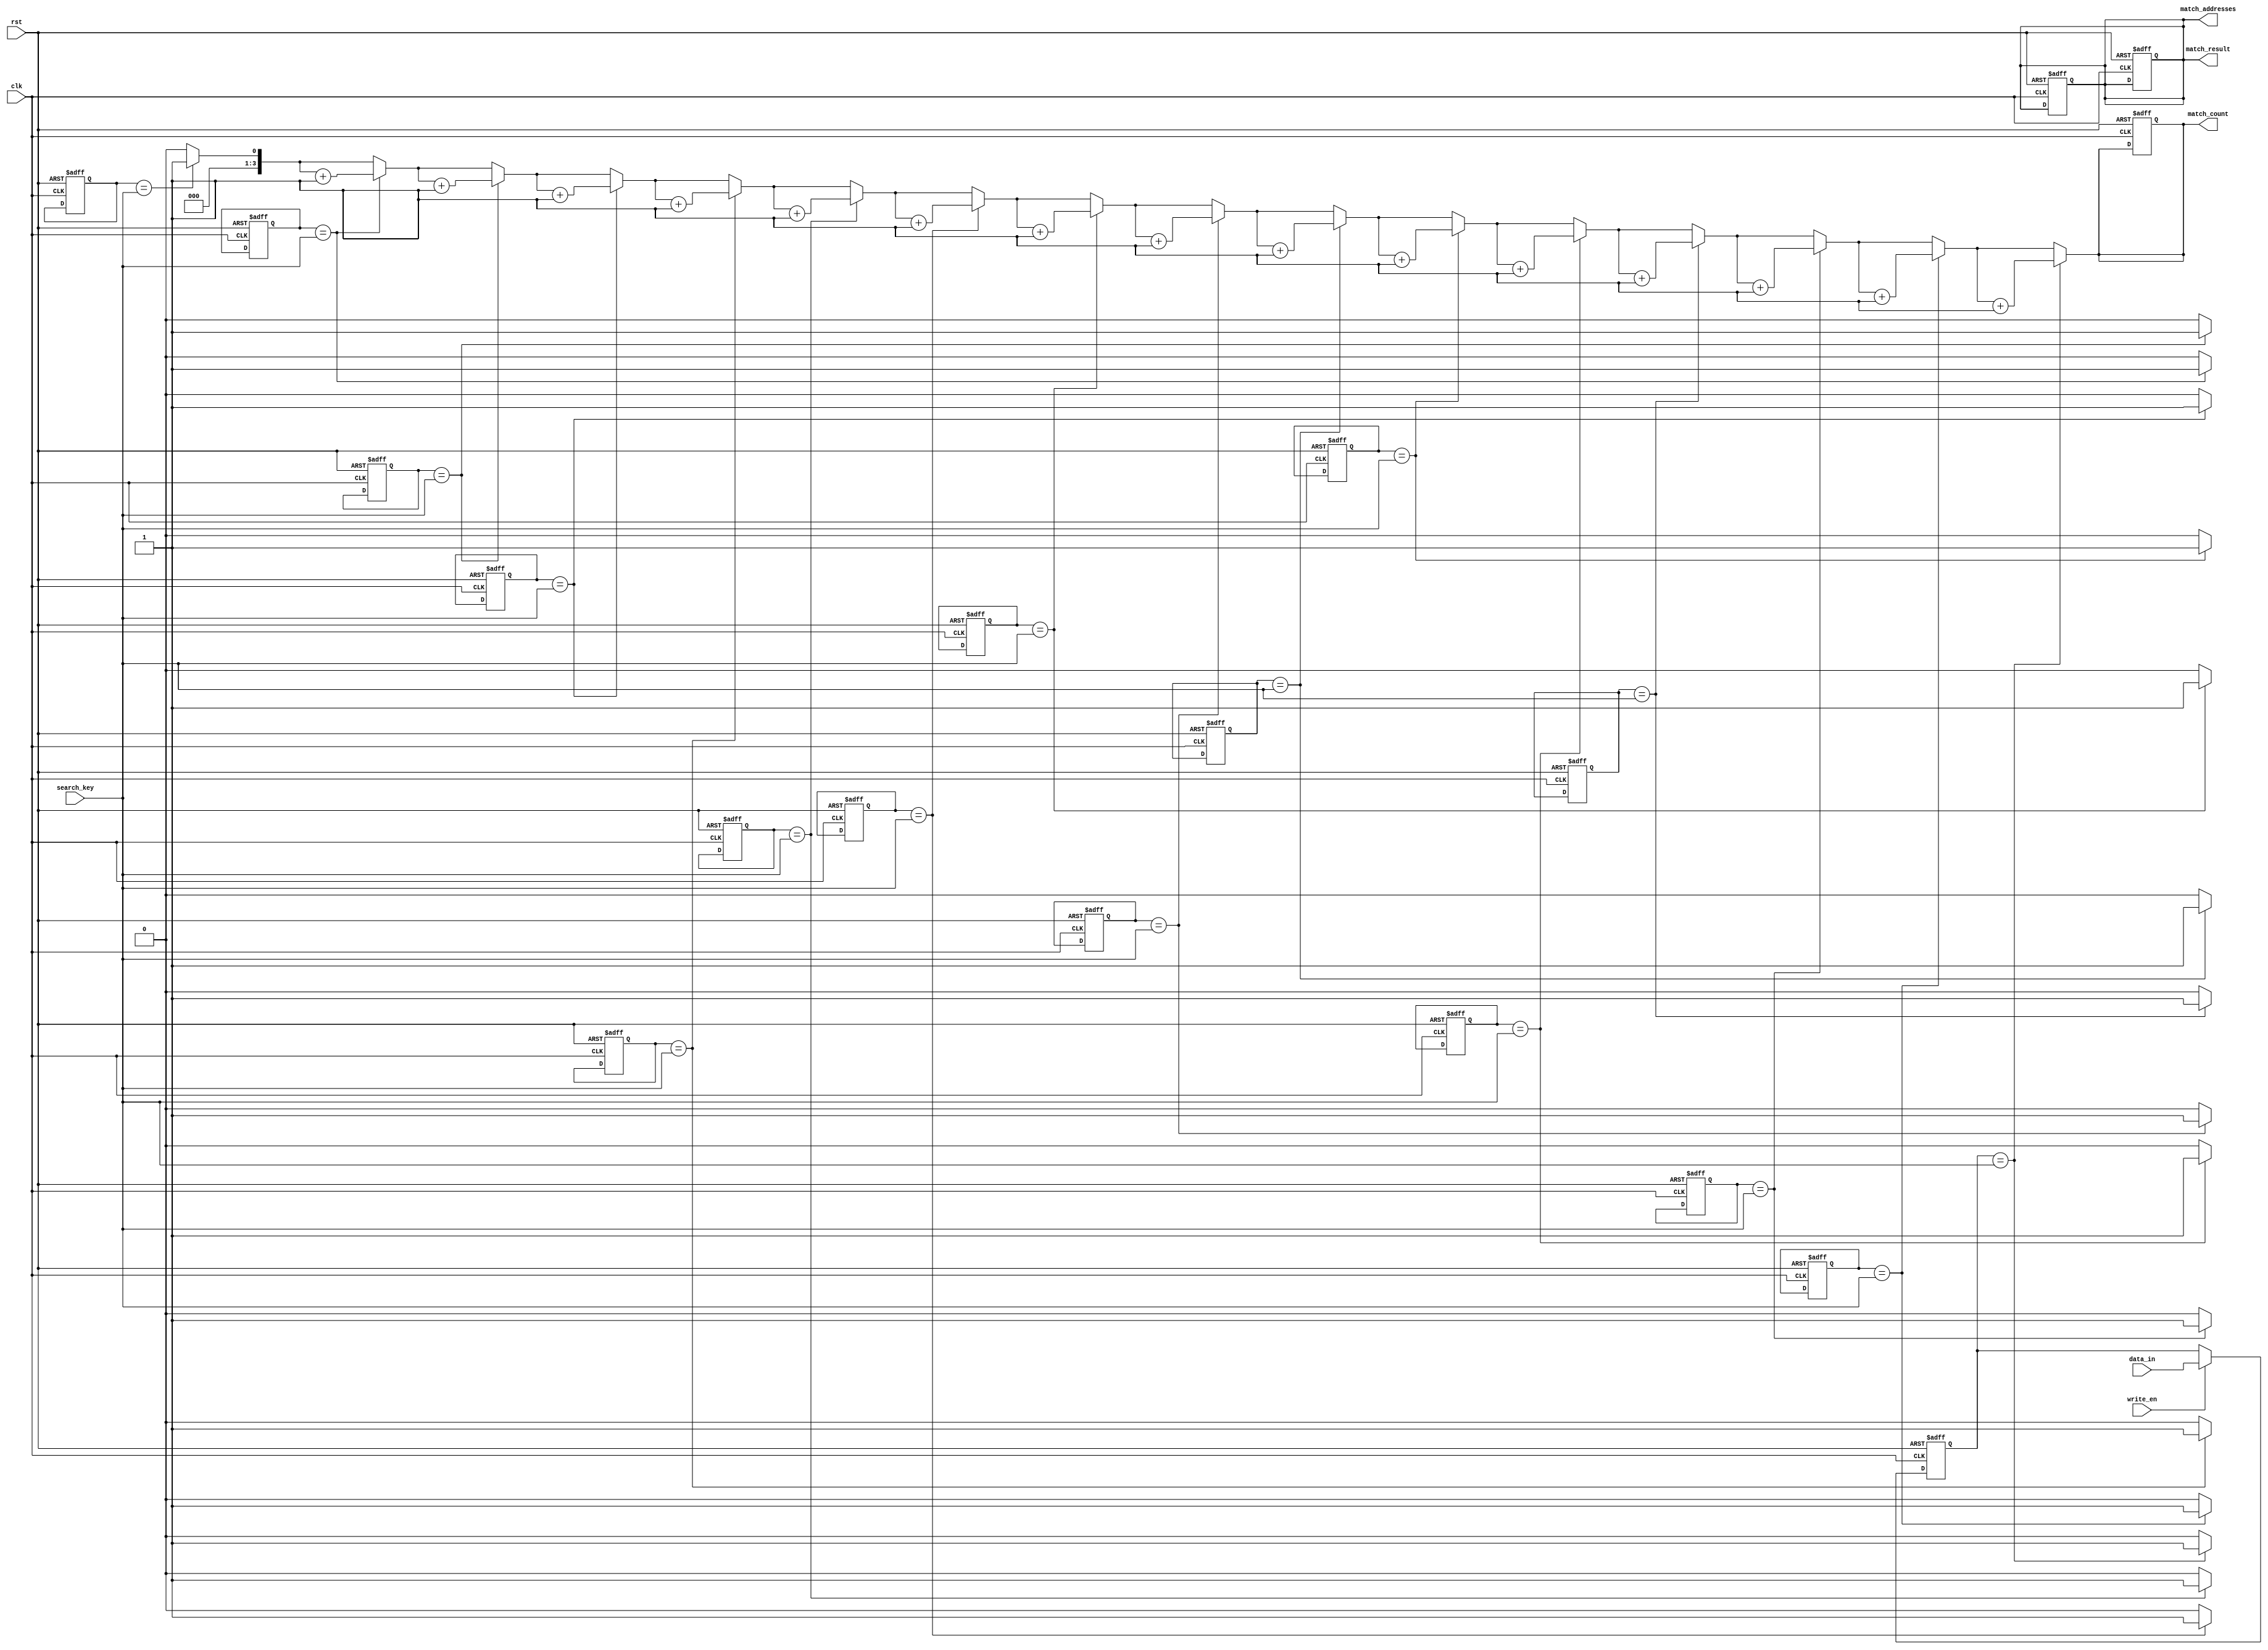
module bcam #(
    parameter N = 16,  // Number of entries
    parameter W = 8    // Width of each entry
)(
    input wire                clk,
    input wire                rst,       // Reset signal
    input wire                write_en,  // Write enable signal
    input wire [W-1:0]       data_in,   // Data input
    input wire [W-1:0]       search_key, // Search key
    output reg [N-1:0]       match_result, // Match results for all entries
    output reg [N-1:0]       match_addresses, // Address of matches
    output reg [3:0]         match_count // Total number of matches
);

    // Memory array declaration
    reg [W-1:0] memory [0:N-1]; // Memory cell that holds W bits

    // Match signal declaration
    reg [N-1:0] match_signals; // Holds match signals for each entry

    integer i;

    // Memory Write Logic
    always @(posedge clk or posedge rst) begin
        if (rst) begin
            // Clear the memory on reset
            for (i = 0; i < N; i = i + 1) begin
                memory[i] <= {W{1'b0}}; // Initialize all to 0
            end
            match_result <= 0;
            match_addresses <= 0;
            match_count <= 0;
        end else if (write_en) begin
            // Write data to the specified memory
            memory[N-1] <= data_in; // For this example, let's only write to the last entry.
        end
    end

    // Match Logic
    always @* begin
        match_signals = 0; // Initialize match signals
        match_count = 0;   // Initialize match count
        
        // Compare each memory entry with the search key
        for (i = 0; i < N; i = i + 1) begin
            if (memory[i] == search_key) begin
                match_signals[i] = 1'b1; // Match found
                match_count = match_count + 1; // Increment match count
            end
        end

        match_result = match_signals; // Output match results
        
        // Generate match address output
        match_addresses = match_signals; // Store matching addresses
    end

endmodule